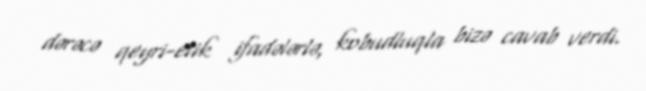
dərəcə qeyri-etik ifadələrlə, kobudluqla bizə cavab verdi.